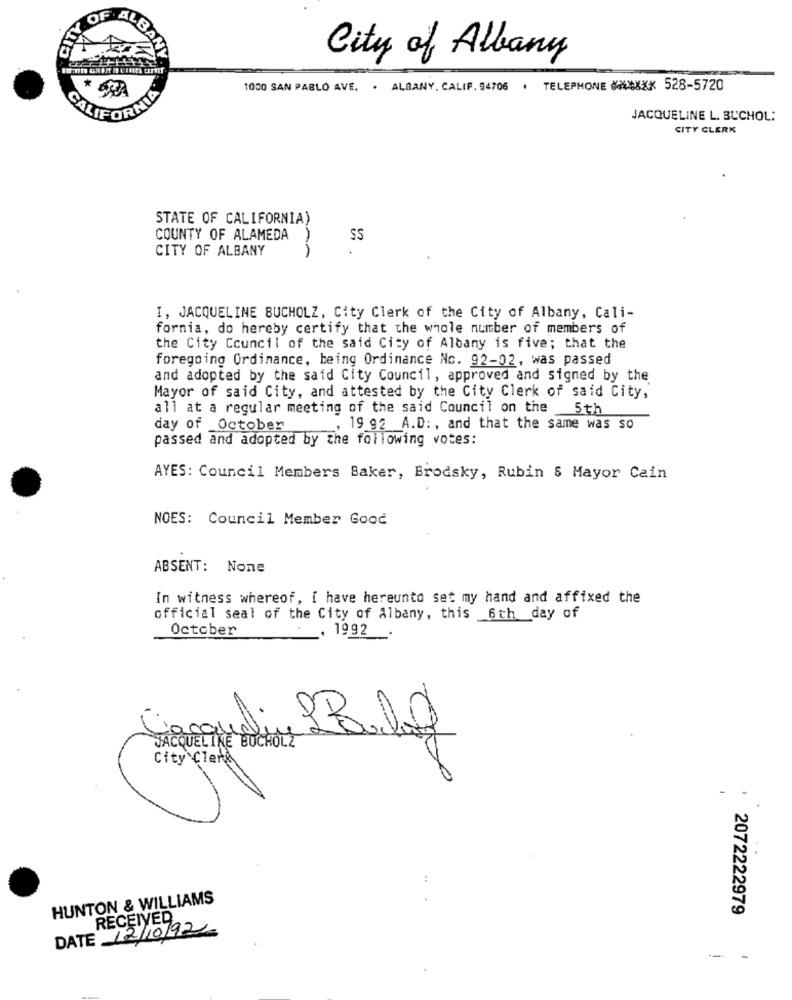
LBAN
City of Albany
*
1000 SAN PABLO AVE. . ALBANY, CALIF. 94706
.
TELEPHONE #*XXX 528-5720
CALIFORNIA
JACQUELINE L. BUCHOL:
CITY CLERK
STATE OF CALIFORNIA)
COUNTY OF ALAMEDA )
SS
CITY OF ALBANY
1
I, JACQUELINE BUCHOLZ, City Clerk of the City of Albany, Cali-
fornia, do hereby certify that the whole number of members of
the City Council of the said City of Albany is five; that the
foregoing Ordinance, being Ordinance Nc. 92-02, was passed
and adopted by the said City Council, approved and signed by the
Mayor of said City, and attested by the City Clerk of said City,
all at a regular meeting of the said Council on the
5th
day of October
, 19 92 A.D: , and that the same was so
passed and adopted by the following votes:
AYES: Council Members Baker, Brodsky, Rubin & Mayor Cain
NOES: Council Member Good
ABSENT: None
In witness whereof, I have hereunto set my hand and affixed the
official seal of the City of Albany, this 6th day of
October
, 1992
JACQUELINE BUCHOLZ
City Clerk
-
HUNTON & WILLIAMS
2072222979
RECEIVED
DATE 12/10/92
- -